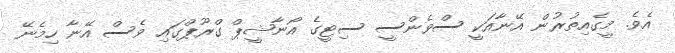
އެވެ. މީގެއިތުރުން އޭނާއަކީ ސްވެންސީ ސިޓީގެ އޯނާޝީޕް ގްރޫޕްގައި ވެސް އޭނާ ހިމެނޭ